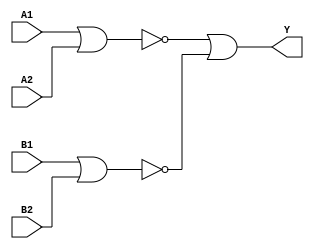
/*
 * Copyright 2020 The SkyWater PDK Authors
 *
 * Licensed under the Apache License, Version 2.0 (the "License");
 * you may not use this file except in compliance with the License.
 * You may obtain a copy of the License at
 *
 *     https://www.apache.org/licenses/LICENSE-2.0
 *
 * Unless required by applicable law or agreed to in writing, software
 * distributed under the License is distributed on an "AS IS" BASIS,
 * WITHOUT WARRANTIES OR CONDITIONS OF ANY KIND, either express or implied.
 * See the License for the specific language governing permissions and
 * limitations under the License.
 *
 * SPDX-License-Identifier: Apache-2.0
*/


`ifndef SKY130_FD_SC_HVL__O22AI_FUNCTIONAL_V
`define SKY130_FD_SC_HVL__O22AI_FUNCTIONAL_V

/**
 * o22ai: 2-input OR into both inputs of 2-input NAND.
 *
 *        Y = !((A1 | A2) & (B1 | B2))
 *
 * Verilog simulation functional model.
 */

`timescale 1ns / 1ps
`default_nettype none

`celldefine
module sky130_fd_sc_hvl__o22ai (
    Y ,
    A1,
    A2,
    B1,
    B2
);

    // Module ports
    output Y ;
    input  A1;
    input  A2;
    input  B1;
    input  B2;

    // Local signals
    wire nor0_out ;
    wire nor1_out ;
    wire or0_out_Y;

    //  Name  Output     Other arguments
    nor nor0 (nor0_out , B1, B2            );
    nor nor1 (nor1_out , A1, A2            );
    or  or0  (or0_out_Y, nor1_out, nor0_out);
    buf buf0 (Y        , or0_out_Y         );

endmodule
`endcelldefine

`default_nettype wire
`endif  // SKY130_FD_SC_HVL__O22AI_FUNCTIONAL_V